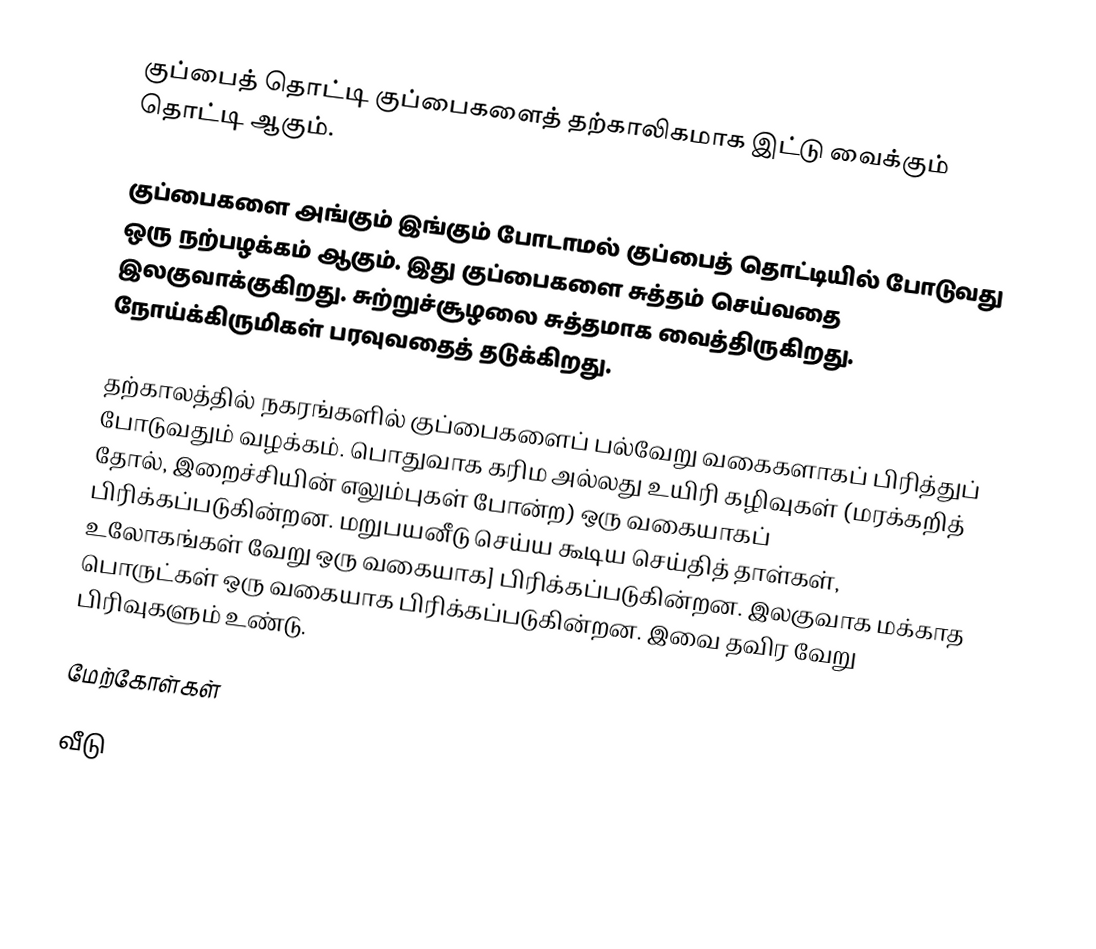
குப்பைத் தொட்டி குப்பைகளைத் தற்காலிகமாக இட்டு வைக்கும் தொட்டி ஆகும்.

குப்பைகளை அங்கும் இங்கும் போடாமல் குப்பைத் தொட்டியில் போடுவது ஒரு நற்பழக்கம் ஆகும். இது குப்பைகளை சுத்தம் செய்வதை இலகுவாக்குகிறது. சுற்றுச்சூழலை சுத்தமாக வைத்திருகிறது. நோய்க்கிருமிகள் பரவுவதைத் தடுக்கிறது.

தற்காலத்தில் நகரங்களில் குப்பைகளைப் பல்வேறு வகைகளாகப் பிரித்துப் போடுவதும் வழக்கம். பொதுவாக கரிம அல்லது உயிரி கழிவுகள் (மரக்கறித் தோல், இறைச்சியின் எலும்புகள் போன்ற) ஒரு வகையாகப் பிரிக்கப்படுகின்றன. மறுபயனீடு செய்ய கூடிய செய்தித் தாள்கள், உலோகங்கள் வேறு ஒரு வகையாக] பிரிக்கப்படுகின்றன. இலகுவாக மக்காத பொருட்கள் ஒரு வகையாக பிரிக்கப்படுகின்றன. இவை தவிர வேறு பிரிவுகளும் உண்டு.

மேற்கோள்கள்

வீடு